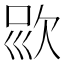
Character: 𣢱